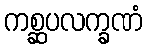
ကစ္ဆပလက္ခဏံ